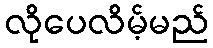
လိုပေလိမ့်မည်